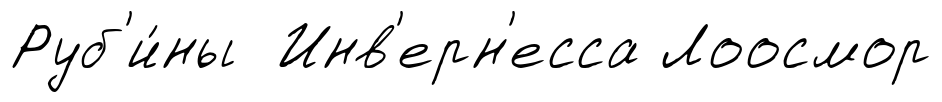
Руб'и́ны Инв'ерн'есса Лоосмор